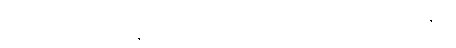
သစေ ပန န ပဋိဂ္ဂဏှန္တိ၊ အကယ်၍ကား မခံကုန်သည်ဖြစ်အံ့။ ဧဝံ သန္တေသု၊